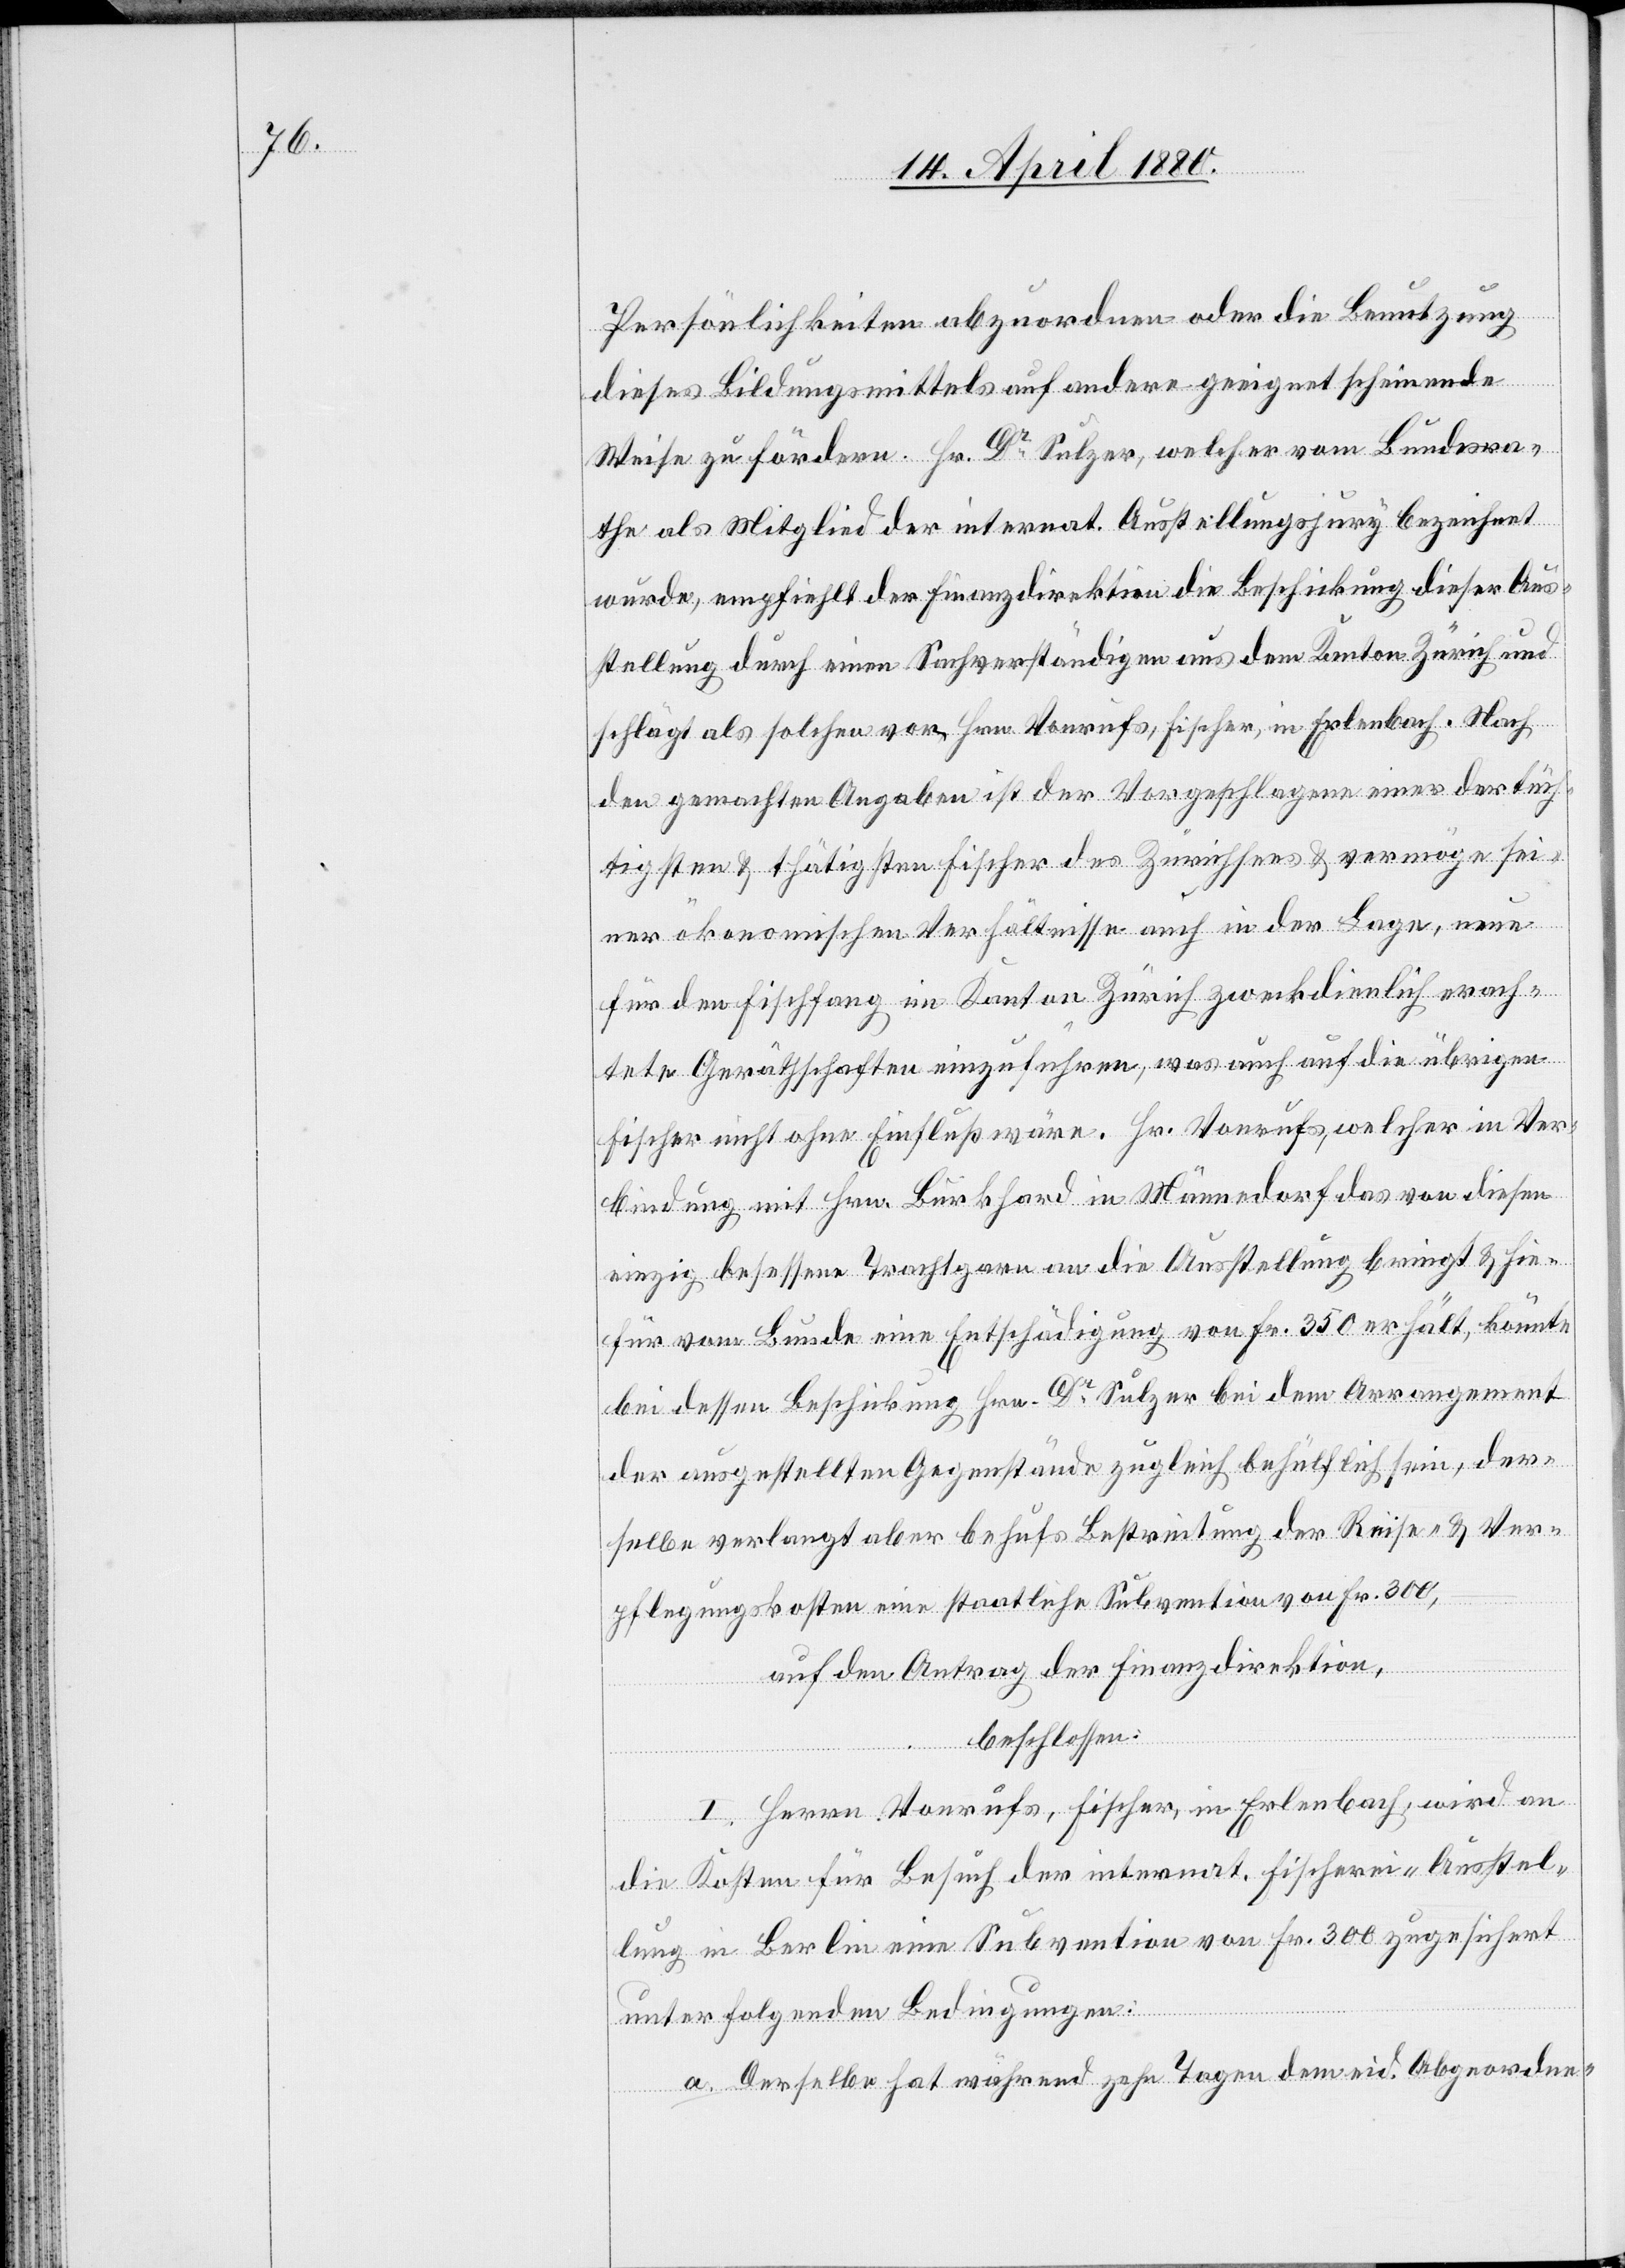
Persönlichkeiten abzuordnen oder die Benutzung
dieses Bildungsmittels auf andere geeignet scheinende
Weise zu fördern. Hr. Dr Sulzer, welche vom Bundesra¬
the als Mitglied der internat. Ausstellungsjury bezeichnet
wurde, empfiehlt der Finanzdirektion die Beschickung dieser Aus¬
stellung durch einen Sachverständigen aus dem Kanton Zürich und
schlägt als solchen vor Hrn. Vonrufs, Fischer in Erlenbach. Nach
den gemachten Angaben ist der Vorgeschlagene einer der tüch¬
tigsten & thätigsten Fischer des Zürichsees & vermöge sei¬
ner ökonomischen Verhältnisse auch in der Lage, neue
für den Fischfang im Kanton Zürich zweckdienlich erach¬
tete Gerätschaften einzuführen, was auch auf die übrigen
Fischer nicht ohne Einfluß wäre. Hr. Vonrufs, welcher in Ver¬
bindung mit Hrn. Burkhard in Männedorf das von diesen
einzig besessene Trachtgarn an die Ausstellung bringt & hie¬
für vom Bunde eine Entschädigung von Fr. 350 erhält, könnte
bei dessen Beschickung Hrn. Dr Sulzer bei dem Arrangement
der ausgestellten Gegenstände zugleich behülflich sein, der¬
selbe verlangt aber behufs Bestreitung der Reise- & Ver¬
pflegungskosten eine staatliche Subvention von Fr. 300,
auf den Antrag der Finanzdirektion,
beschlossen:
I. Herrn Vonrufs, Fischer, in Erlenbach, wird an
die Kosten für Besuch der internat. Fischerei-Ausstel¬
lung in Berlin eine Subvention von Fr. 300 zugesichert
unter folgenden Bedingungen:
a. Derselbe hat während zehn Tagen dem eid. Abgeordne-